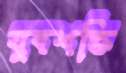
যুবশক্তি